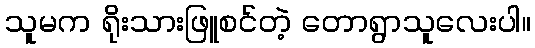
သူမက ရိုးသားဖြူစင်တဲ့ တောရွာသူလေးပါ။